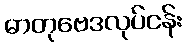
ဓာတုဗေဒလုပ်ငန်း